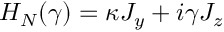
H _ { N } ( \gamma ) = \kappa J _ { y } + i \gamma J _ { z }